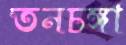
তনচঙ্গা